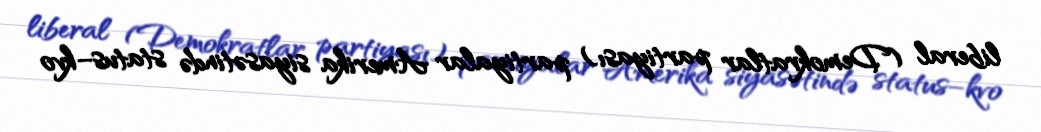
liberal (Demokratlar partiyası) partiyalar Amerika siyasətində status–kvo